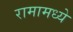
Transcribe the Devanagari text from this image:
रामामध्ये